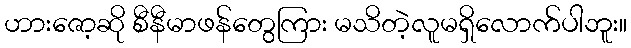
ဟားဇော့ဆို စီနီမာဖန်တွေကြား မသိတဲ့လူမရှိလောက်ပါဘူး။